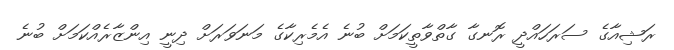
ރަޝިއާގެ ސަރަހައްދީ ރޮނގާ ގާތްވާތީކަމަށް ބުނެ އެމެރިކާގެ މަނަވަރަށް ދިނީ އިންޒާރެއްކަމަށް ބުނެ